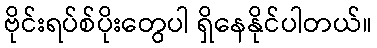
ဗိုင်းရပ်စ်ပိုးတွေပါ ရှိနေနိုင်ပါတယ်။